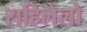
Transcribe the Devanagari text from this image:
राहिलेलो